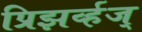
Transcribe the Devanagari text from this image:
प्रिझर्व्हज्